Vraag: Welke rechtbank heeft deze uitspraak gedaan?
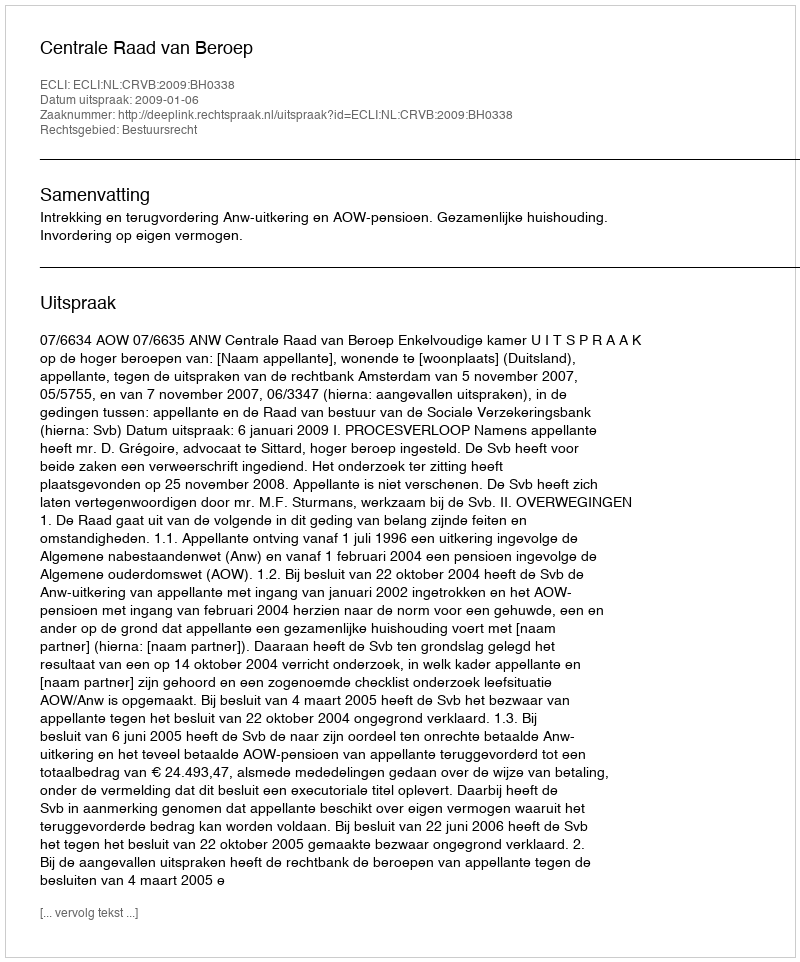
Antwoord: Centrale Raad van Beroep